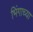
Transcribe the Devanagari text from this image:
भिंगाच्या